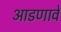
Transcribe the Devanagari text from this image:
आडणावे